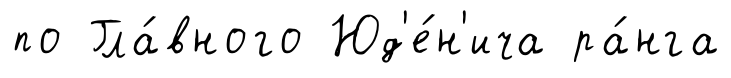
по Гла́вного Юд'е́н'ича ра́нга